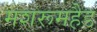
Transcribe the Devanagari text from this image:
मशरूमहैड